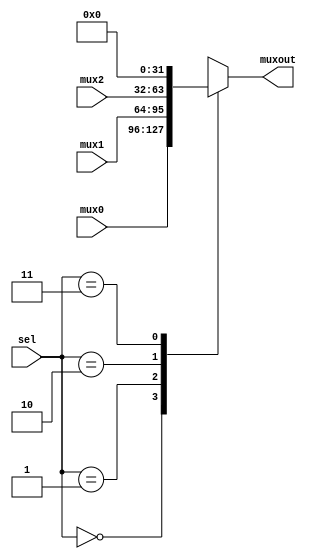
`timescale 1ns / 1ps
//////////////////////////////////////////////////////////////////////////////////
// Company: 
// Engineer: 
// 
// Design Name: 
// Module Name: MUX_3_1
// Project Name: 
// Target Devices: 
// Tool Versions: 
// Description: 
// 
// Dependencies: 
// 
// Revision:
// Revision 0.01 - File Created
// Additional Comments:
// 
//////////////////////////////////////////////////////////////////////////////////


module MUX_3_1(
    input [31: 0] mux0,
    input [31: 0] mux1,
    input [31: 0] mux2,
    input [1: 0]  sel,
    output reg [31: 0] muxout
    );
    always @(*) begin
        case(sel)
        2'b00:begin
            muxout = mux0;
        end
        2'b01:begin
            muxout = mux1;
        end
        2'b10:begin
            muxout = mux2;
        end
        2'b11:begin
            muxout = 32'h0000_0000;
        end
        endcase
    end
endmodule